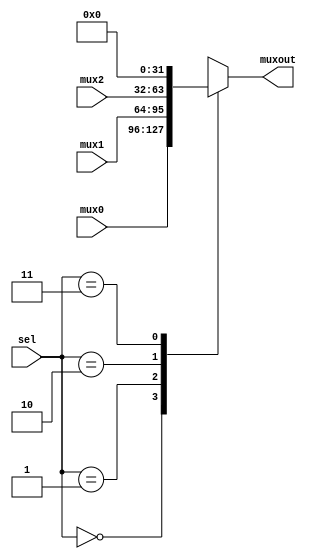
`timescale 1ns / 1ps
//////////////////////////////////////////////////////////////////////////////////
// Company: 
// Engineer: 
// 
// Design Name: 
// Module Name: MUX_3_1
// Project Name: 
// Target Devices: 
// Tool Versions: 
// Description: 
// 
// Dependencies: 
// 
// Revision:
// Revision 0.01 - File Created
// Additional Comments:
// 
//////////////////////////////////////////////////////////////////////////////////


module MUX_3_1(
    input [31: 0] mux0,
    input [31: 0] mux1,
    input [31: 0] mux2,
    input [1: 0]  sel,
    output reg [31: 0] muxout
    );
    always @(*) begin
        case(sel)
        2'b00:begin
            muxout = mux0;
        end
        2'b01:begin
            muxout = mux1;
        end
        2'b10:begin
            muxout = mux2;
        end
        2'b11:begin
            muxout = 32'h0000_0000;
        end
        endcase
    end
endmodule